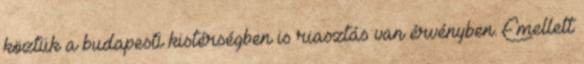
köztük a budapesti kistérségben is riasztás van érvényben. Emellett